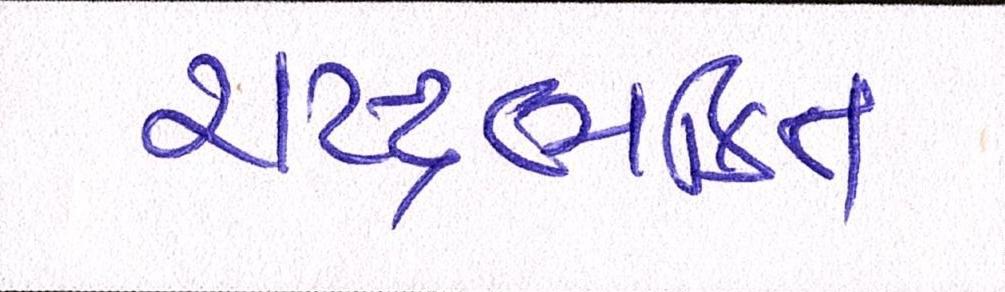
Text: રાષ્ટ્રભક્તિ